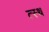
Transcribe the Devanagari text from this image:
त्स्थ